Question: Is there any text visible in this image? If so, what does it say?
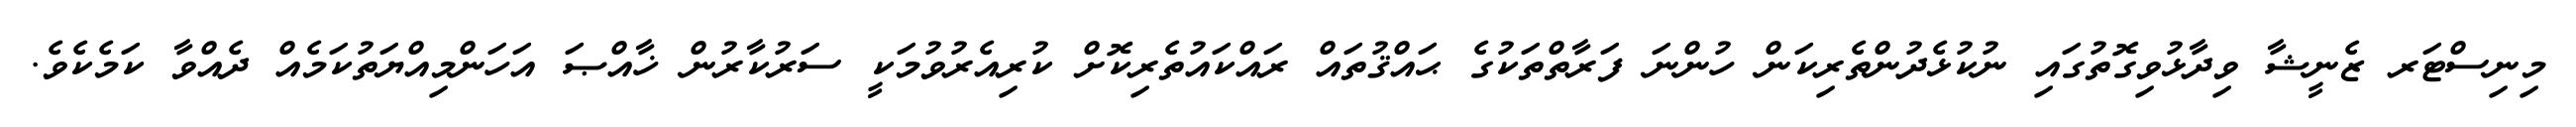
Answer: މިނިސްޓަރ ޒެނީޝާ ވިދާޅުވިގޮތުގައި ނުކުޅެދުންތެރިކަން ހުންނަ ފަރާތްތަކުގެ ޙައްޤުތައް ރައްކައުތެރިކޮށް ކުރިއެރުވުމަކީ ސަރުކާރުން ޚާއްޞަ އަހަންމިއްޔަތުކަމެއް ދެއްވާ ކަމެކެވެ.